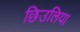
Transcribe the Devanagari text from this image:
छिउलिया